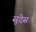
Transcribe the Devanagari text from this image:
सुदेस